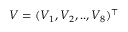
V = ( V _ { 1 } , V _ { 2 } , . . , V _ { 8 } ) ^ { \top }